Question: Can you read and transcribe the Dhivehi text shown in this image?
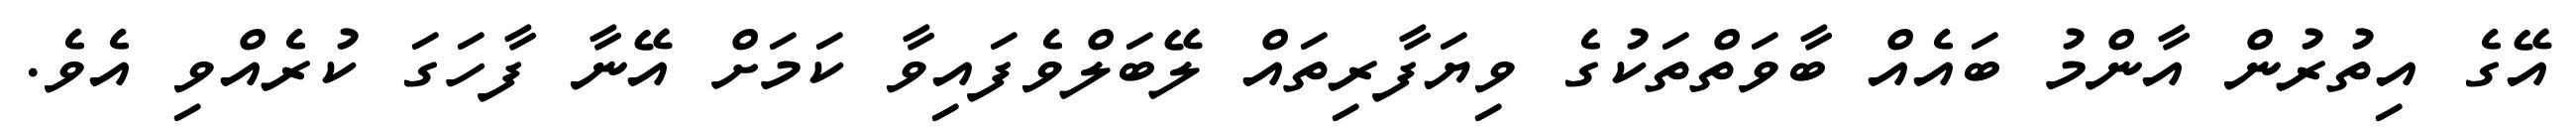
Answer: އޭގެ އިތުރުން އާންމު ބައެއް ބާވަތްތަކުގެ ވިޔަފާރިތައް ލޭބަލްވެފައިވާ ކަމަށް އޭނާ ފާހަގަ ކުރެއްވި އެވެ.